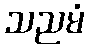
သညမံ